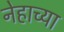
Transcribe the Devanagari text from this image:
नेहाच्या